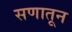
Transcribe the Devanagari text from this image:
सणातून